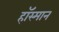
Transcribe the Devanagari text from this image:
हॉस्मान